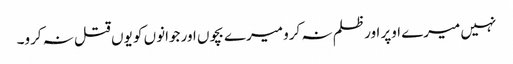
نہیں میرے اوپر اور ظلم نہ کرو میرے بچوں اور جوانوں کو یوں قتل نہ کرو۔